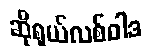
ဆိုရှယ်လစ်ဝါဒ